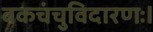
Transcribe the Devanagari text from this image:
बकचंचुविदारणः।